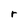
Character: r